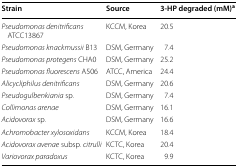
<table><thead><tr><td><b>Strain</b></td><td><b>Source</b></td><td><b>3-HP degraded (mM)<sup>a</sup></b></td></tr></thead><tbody><tr><td><i>Pseudomonas denitrificans</i> ATCC13867</td><td>KCCM, Korea</td><td>20.5</td></tr><tr><td><i>Pseudomonas knackmussii</i> B13</td><td>DSM, Germany</td><td>7.4</td></tr><tr><td><i>Pseudomonas protegens</i> CHA0</td><td>DSM, Germany</td><td>25.2</td></tr><tr><td><i>Pseudomonas fluorescens</i> A506</td><td>ATCC, America</td><td>24.4</td></tr><tr><td><i>Alicycliphilus denitrificans</i></td><td>DSM, Germany</td><td>20.6</td></tr><tr><td><i>Pseudogulbenkiania</i> sp.</td><td>DSM, Germany</td><td>7.4</td></tr><tr><td><i>Collimonas arenae</i></td><td>DSM, Germany</td><td>16.1</td></tr><tr><td><i>Acidovorax</i> sp.</td><td>DSM, Germany</td><td>16.6</td></tr><tr><td><i>Achromobacter xylosoxidans</i></td><td>KCCM, Korea</td><td>18.4</td></tr><tr><td><i>Acidovorax avenae</i> subsp. <i>citrulli</i></td><td>KCTC, Korea</td><td>20.4</td></tr><tr><td><i>Variovorax paradoxus</i></td><td>KCTC, Korea</td><td>9.9</td></tr></tbody></table>